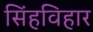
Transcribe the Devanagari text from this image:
सिंहविहार